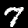
Label: 7